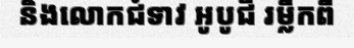
និងលោកជំទាវ អូបូជី រម្លឹកពី